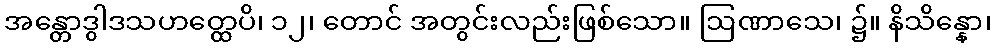
အန္တောဒွါဒသဟတ္ထေပိ၊ ၁၂၊ တောင် အတွင်းလည်းဖြစ်သော။ ဩဏာသေ၊ ၌။ နိသိန္နော၊